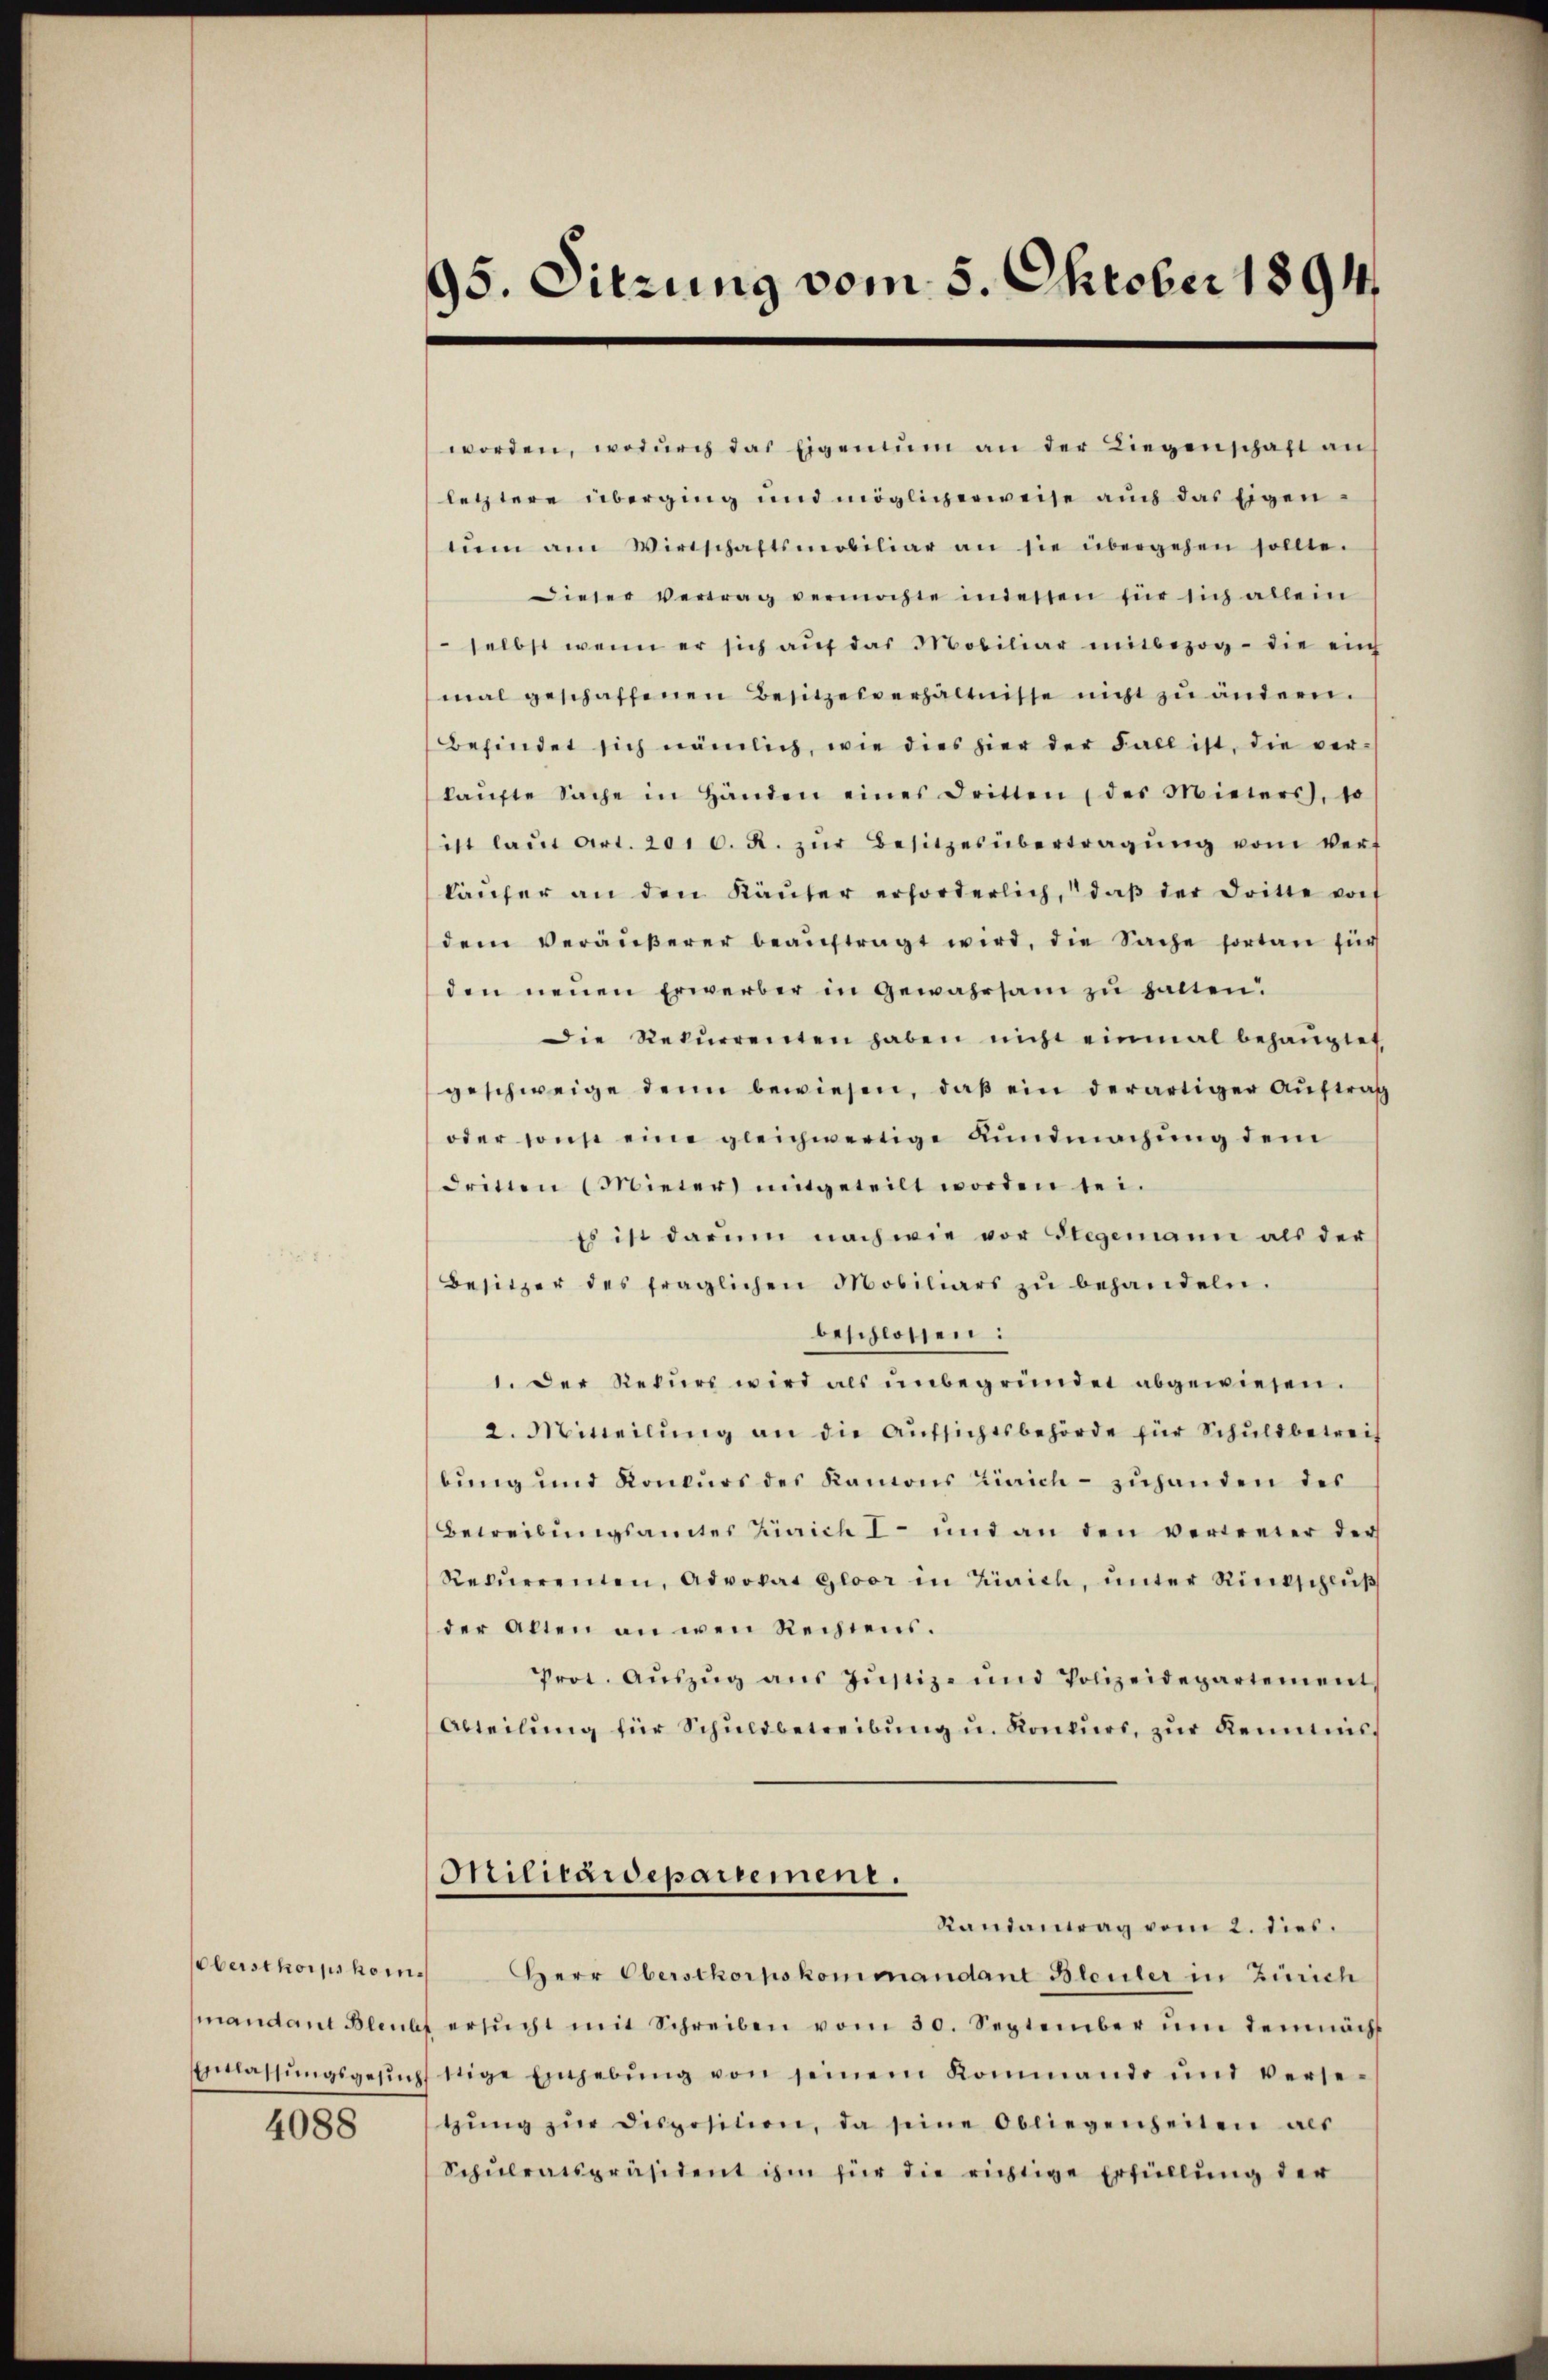
4088

95. Sitzung vom 5. Oktober 1891

worden, wodŭrch das Eigentum an der Liegenschaft an
letztere überging und möglicherweise auch das Eigennem am Wirtschaftsmobiliar an sie übergehen sollte.
dieser Vertrag vermochte indessen für sich allein
selbst wenn er sich aŭf das Mobiliar mitbezog die ein
mal geschaffenen Besitzesverhältnisse nicht zu ändern.
befindet sich nämlich, wie dies hier der Fall ist, die verkaŭfte Sache in Händen eines Dritten der Mieters, so
ist laŭt Art. 2016. R. zŭr Besitzesübertragŭng vom Vert
käŭfer an den Käŭfer erforderlich, daβ der dritte vor
dem Veräŭβerer beaŭftragt wird, die Sache fortan für
den neuen Erwerber in Gewahrsam zu halten.
Die Rekŭrrenten haben nicht einmal behauptet,
geschweige denn bewiesen, daβ ein derartiger Auftrag
oder sonst eine gleichwertige Kundmachung dem
dritten (Mieter mitgeteilt worden sei.
Es ist darum nach wie vor Stegemann als der
Besitzer des fraglichen Mobiliars zŭ behandeln.
beschlossen:
1. Der Rekurs wird als unbegründet abgewiesen.
2. Mitteilŭng an die Aŭfsichtsbehörde für Schuldbetreif
bung und Konkurs des Kamons Zürich - zuhanden des
Betreibungsamtes Zürich I und an den vertreter der
Rekurrenten, Advokat Gloor in Zürich, unter Rietschluß
der alten an wen Rechtens.
Prot. Aŭszŭg aŭs Jŭstiz- und Polizeidepartement
Abteilŭng für Schuldbetreibŭng u. Konkurs, zŭr Kenntnis
Militärdepartement.
Randantrag vom 2. dies.
oberstkorpskom Herr Oberstkorpskommandant Bleuler in Zürich
mandant Bleibt ersŭcht mit Schreiben vom 30. September ŭm demnächs
Erlassŭngsgesŭch stige Eingebŭng von seinem Kommando und verse-
tzŭng zŭr disposition, da seine Obliegenheiten als
Schŭlratspräsident ihm für die richtige Erfüllung der